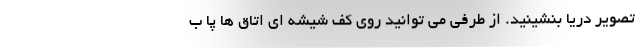
تصویر دریا بنشینید. از طرفی می توانید روی کف شیشه ای اتاق ها پا ب